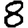
Digit: 8